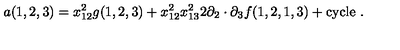
a ( 1 , 2 , 3 ) = x _ { 1 2 } ^ { 2 } g ( 1 , 2 , 3 ) + x _ { 1 2 } ^ { 2 } x _ { 1 3 } ^ { 2 } 2 \partial _ { 2 } \cdot \partial _ { 3 } f ( 1 , 2 , 1 , 3 ) + \mathrm { c y c l e } \ .